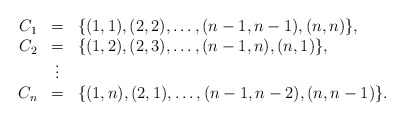
\begin{align*}\begin{array}{rcl}C_1 & = & \{ (1,1), (2,2), \ldots, (n-1,n-1), (n,n)\}, \\C_2 & = & \{ (1,2), (2,3), \ldots, (n-1,n), (n,1)\}, \\& \vdots & \\C_n & = & \{ (1,n), (2,1), \ldots, (n-1,n-2), (n,n-1)\}.\\\end{array}\end{align*}